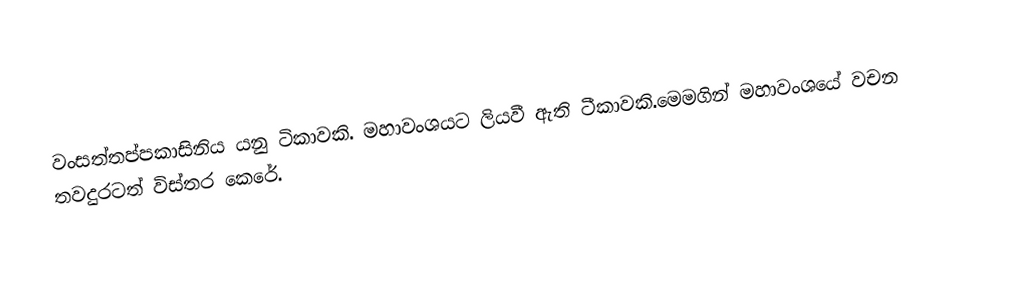
වංසත්තප්පකාසිනිය යනු  ටිකාවකි. මහාවංශයට ලියවී ඇති ටීකාවකි.මෙමගින් මහාවංශයේ වචන තවදුරටත් විස්තර කෙරේ.